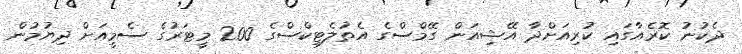
ދެކުނު ކޮރެއާގައި ކުރިއަށްދާ އޭޝިއަން ގޭމްސްގެ އެތުލެޓިކްސްގެ 200 މީޓަރުގެ ސެމީއަށް ދިޔުމުން